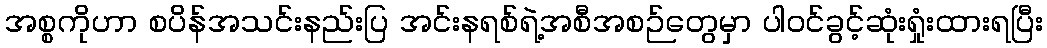
အစ္စကိုဟာ စပိန်အသင်းနည်းပြ အင်းနရစ်ရဲ့အစီအစဉ်တွေမှာ ပါဝင်ခွင့်ဆုံးရှုံးထားရပြီး